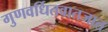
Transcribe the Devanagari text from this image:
गुणवर्धितवातजात